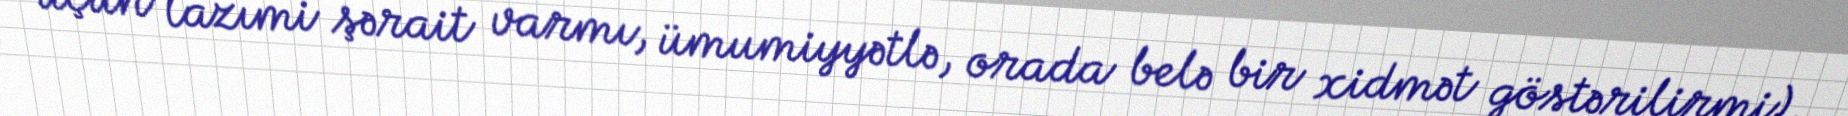
üçün lazımi şərait varmı, ümumiyyətlə, orada belə bir xidmət göstərilirmi).